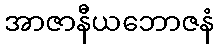
အာဇာနီယဘောဇနံ